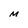
Character: M